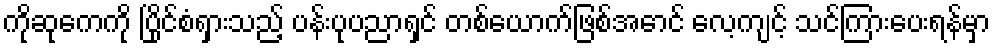
ကိုဆုကေကို ပြိုင်စံရှားသည့် ပန်းပုပညာရှင် တစ်ယောက်ဖြစ်အောင် လေ့ကျင့် သင်ကြားပေးရန်မှာ